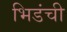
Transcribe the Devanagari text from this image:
भिडंची